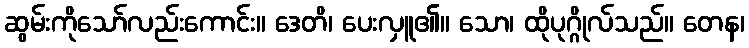
ဆွမ်းကိုသော်လည်းကောင်း။ ဒေတိ၊ ပေးလှူ၏။ သော၊ ထိုပုဂ္ဂိုလ်သည်။ တေန၊